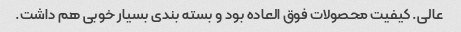
عالی. کیفیت محصولات فوق العاده بود و بسته بندی بسیار خوبی هم داشت.